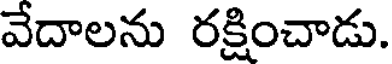
వేదాలను రక్షించాడు.